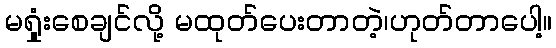
မရှုံးစေချင်လို့ မထုတ်ပေးတာတဲ့၊ဟုတ်တာပေါ့။